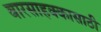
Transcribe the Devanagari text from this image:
वारसाहक्कासाठी